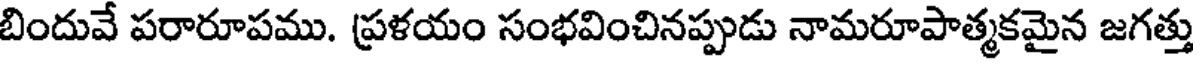
బిందువే పరారూపము. ప్రళయం సంభవించినప్పుడు నామరూపాత్మకమైన జగత్తు